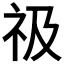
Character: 𥘜